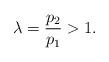
LaTeX: \begin{align*}\lambda = \frac{p_2}{p_1} > 1.\end{align*}